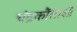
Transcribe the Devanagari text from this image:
चंद्रकौंसाशी